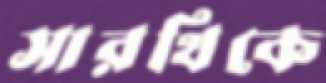
সারথিকে